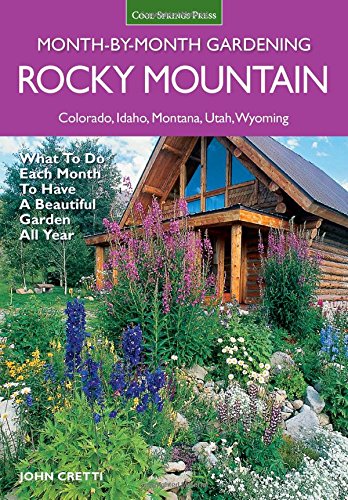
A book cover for Rocky Mountain Month-by-Month Gardening: What to Do Each Month to Have A Beautiful Garden All Year - Colorado, Idaho, Montana, Utah, Wyoming; John Cretti; Crafts, Hobbies & Home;